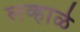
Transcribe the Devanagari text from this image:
लव्हाळे